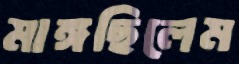
মাঙ্গছিলেম